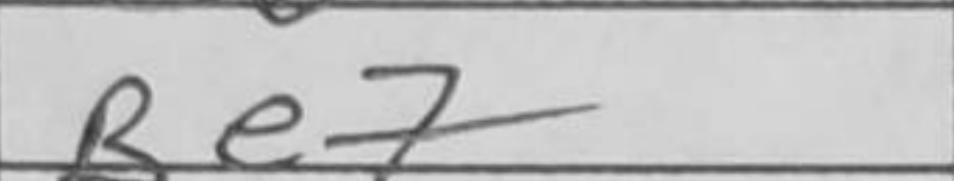
Transcription: Be7